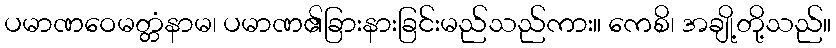
ပမာဏဝေမတ္တံနာမ၊ ပမာဏ၏ခြားနားခြင်းမည်သည်ကား။ ကေစိ၊ အချို့တို့သည်။